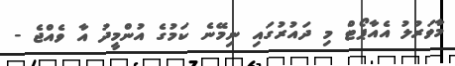
މާވަރުލު އެއާޕޯޓް މި ދައުރުގައި ނިމޭނެ ކަމުގެ އުންމީދު އާ ވެއްޖެ -